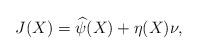
LaTeX: \begin{align*}J(X)=\widehat{\psi}(X)+\eta(X)\nu,\end{align*}